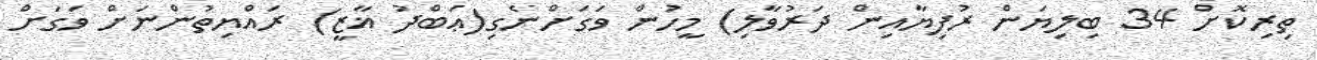
ތިރިކޮށް 34 ބިލިޔަން ރުފިޔާއިން ދަރުވާލި) މީހުން ވަގަށްނެގި(ޢަބްދު ޣާޒީ) ރައްޔިތުންނަށް ވަގަށް